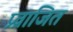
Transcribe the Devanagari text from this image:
प्र्व्राजित